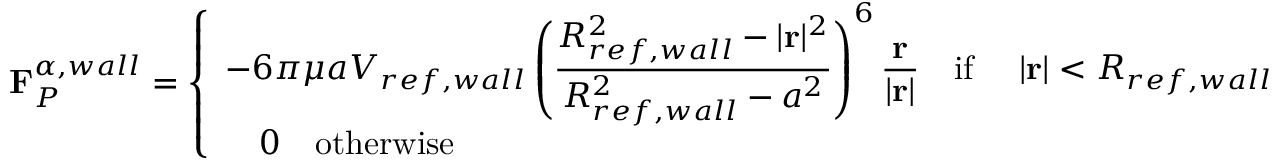
\mathbf { F } _ { P } ^ { \alpha , w a l l } = \left\{ \begin{array} { l l } { \displaystyle - 6 \pi \mu a V _ { r e f , w a l l } \left( \frac { R _ { r e f , w a l l } ^ { 2 } - | \mathbf { r } | ^ { 2 } } { R _ { r e f , w a l l } ^ { 2 } - a ^ { 2 } } \right) ^ { 6 } \frac { \mathbf { r } } { | \mathbf { r } | } \quad \mathrm { i f \ } \quad | \mathbf { r } | < R _ { r e f , w a l l } } \\ { \displaystyle \quad 0 \quad \mathrm { o t h e r w i s e \ } } \end{array} \right.